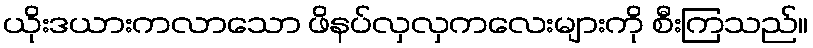
ယိုးဒယားကလာသော ဖိနပ်လှလှကလေးများကို စီးကြသည်။